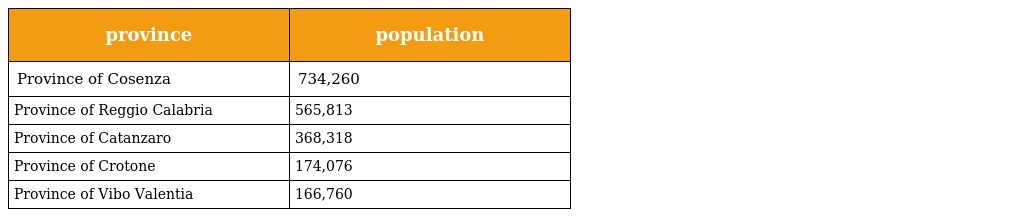
| province | population |
 | --- | --- |
 | Province of Cosenza | 734,260 |
 | Province of Reggio Calabria | 565,813 |
 | Province of Catanzaro | 368,318 |
 | Province of Crotone | 174,076 |
 | Province of Vibo Valentia | 166,760 |